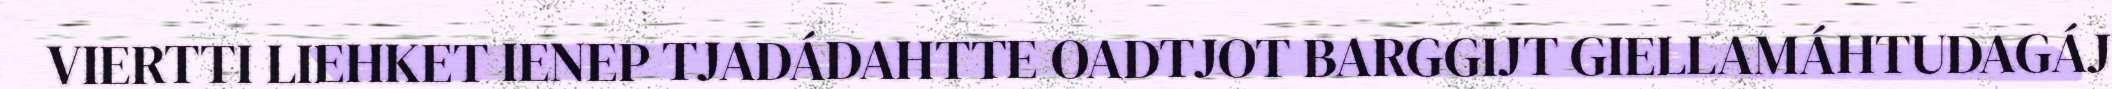
VIERTTI LIEHKET IENEP TJADÁDAHTTE OADTJOT BARGGIJT GIELLAMÁHTUDAGÁJ